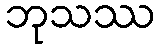
ဘုသဿ